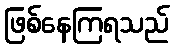
ဖြစ်နေကြရသည်